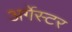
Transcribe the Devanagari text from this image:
अर्गेस्टर